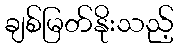
ချစ်မြတ်နိုးသည့်